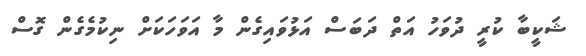
ޝަކީބާ ކުރީ ދުވަހު އަތް ދަބަސް އަޅުވައިގެން މާ އަވަހަކަށް ނިކުމެގެން ގޮސް